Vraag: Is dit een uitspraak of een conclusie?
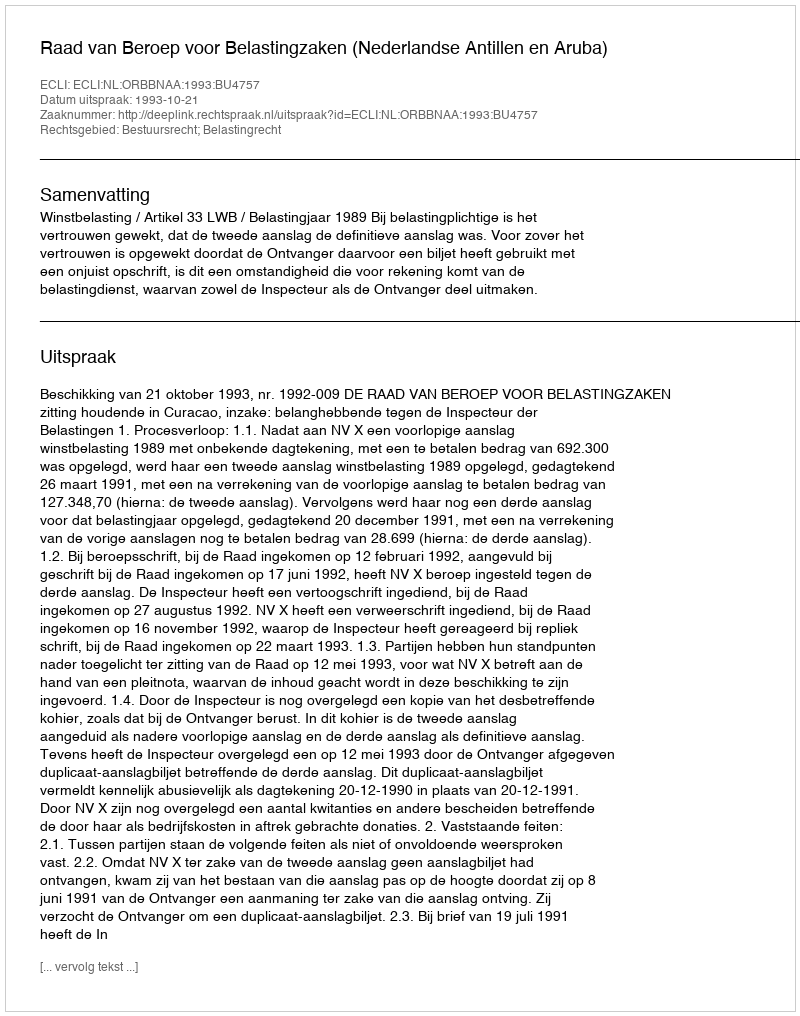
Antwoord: Uitspraak